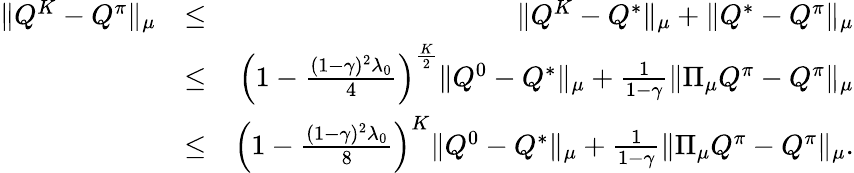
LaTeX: \begin{array}{rlr}{\| Q^{K}-Q^{\pi}\| _{\mu}}&{\leq}&{\| Q^{K}-Q^{*}\| _{\mu}+\| Q^{*}-Q^{\pi}\| _{\mu}}\\ &{\leq}&{\left(1-\frac{(1-\gamma)^{2}\lambda_{0}}{4}\right)^{\frac{K}{2}}\| Q^{0}-Q^{*}\| _{\mu}+\frac{1}{1-\gamma}\| \Pi_{\mu}Q^{\pi}-Q^{\pi}\| _{\mu}}\\ &{\leq}&{\left(1-\frac{(1-\gamma)^{2}\lambda_{0}}{8}\right)^{K}\| Q^{0}-Q^{*}\| _{\mu}+\frac{1}{1-\gamma}\| \Pi_{\mu}Q^{\pi}-Q^{\pi}\| _{\mu}.}\end{array}